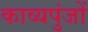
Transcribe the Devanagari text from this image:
काव्यपुंजों